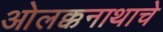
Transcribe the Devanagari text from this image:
ओलक्कनाथाचे